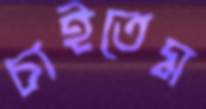
চাইতেম